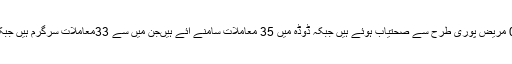
کشتواڑ میں17 مثبت معاملے سامنے آئے ہیں جن میں13 معاملے سرگرم ہیں اور04 مریض پوری طرح سے صحتیاب ہوئے ہیں جبکہ ڈوڈہ میں 35 معاملات سامنے آئے ہیںجن میں سے 33معاملات سرگرم ہیں جبکہ ایک مریض پوری طرح صحتیاب ہوا ہے اور ایک مریض کی موت واقع ہوئی ہے۔